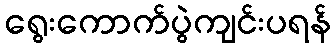
ရွေးကောက်ပွဲကျင်းပရန်